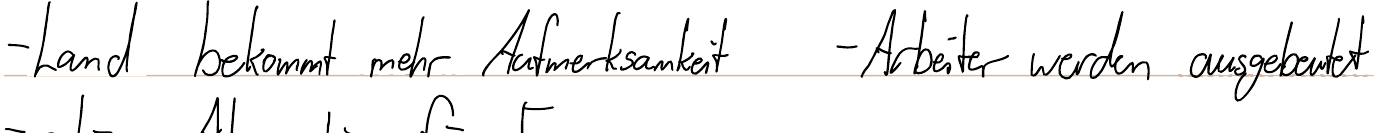
- Land bekommt mehr Aufmerksamkeit  - Arbeiter werden ausgebeutet